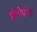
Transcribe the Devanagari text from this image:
ज़ेनोफोब